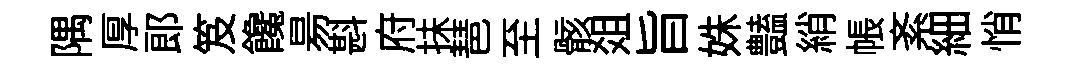
隅厚郎笈饞昜斟府抺琶至骸爼旨姝𧰟綃帳紊細悄